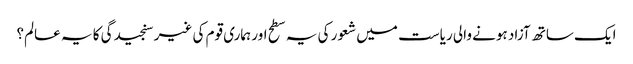
ایک ساتھ آزاد ہونے والی ریاست میں شعور کی یہ سطح اور ہماری قوم کی غیر سنجیدگی کا یہ عالم؟